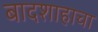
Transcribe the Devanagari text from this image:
बादशाहाचा